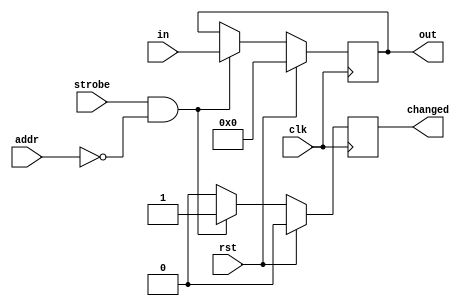
//
// Copyright 2011-2012 Ettus Research LLC
// Copyright 2018 Ettus Research, a National Instruments Company
//
// SPDX-License-Identifier: LGPL-3.0-or-later
//


//----------------------------------------------------------------------
//-- A settings register is a peripheral for the settings register bus.
//-- When the settings register sees strobe abd a matching address,
//-- the outputs will be become registered to the given input bus.
//----------------------------------------------------------------------

module setting_reg
  #(parameter my_addr = 0, 
    parameter awidth = 8,
    parameter width = 32,
    parameter at_reset=0)
    (input clk, input rst, input strobe, input wire [awidth-1:0] addr,
     input wire [31:0] in, output reg [width-1:0] out, output reg changed);
   
   always @(posedge clk)
     if(rst)
       begin
	  out <= at_reset;
	  changed <= 1'b0;
       end
     else
       if(strobe & (my_addr==addr))
	 begin
	//BA3CE
`ifdef TARGET_B210_BA3CE		 
		//dataout_reg <= 32'h80047000; //BA3CE The actual SPI data is shifted to 1 bytes right, and 0x80047000 is actually 0x00800470. 
		if((in & 32'h83FF00FF)==32'h80040000)    
			out <= ((in & 32'hFFFF00FF) | 32'h00000300); //TX port TX1A TX2A & RX port RX1A RX2A
		else
`endif // !`TARGET_B210_BA3CE
	    	out <= in[width-1:0];
	    changed <= 1'b1;
	 end
       else
	 changed <= 1'b0;
   
endmodule // setting_reg